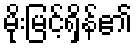
မိုးမြင့်ရှိန်၏